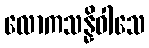
လောကသန္နိဝါသေ